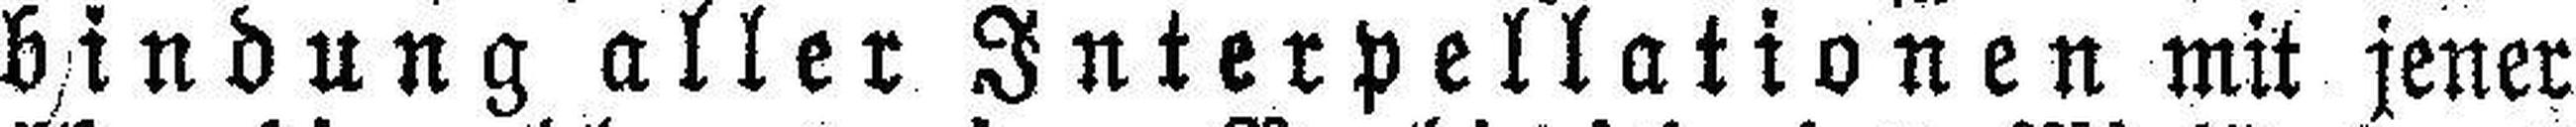
bindung aller Interpellationen mit jener